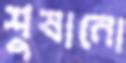
শুষানো